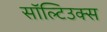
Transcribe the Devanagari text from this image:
सॉल्टिउक्स